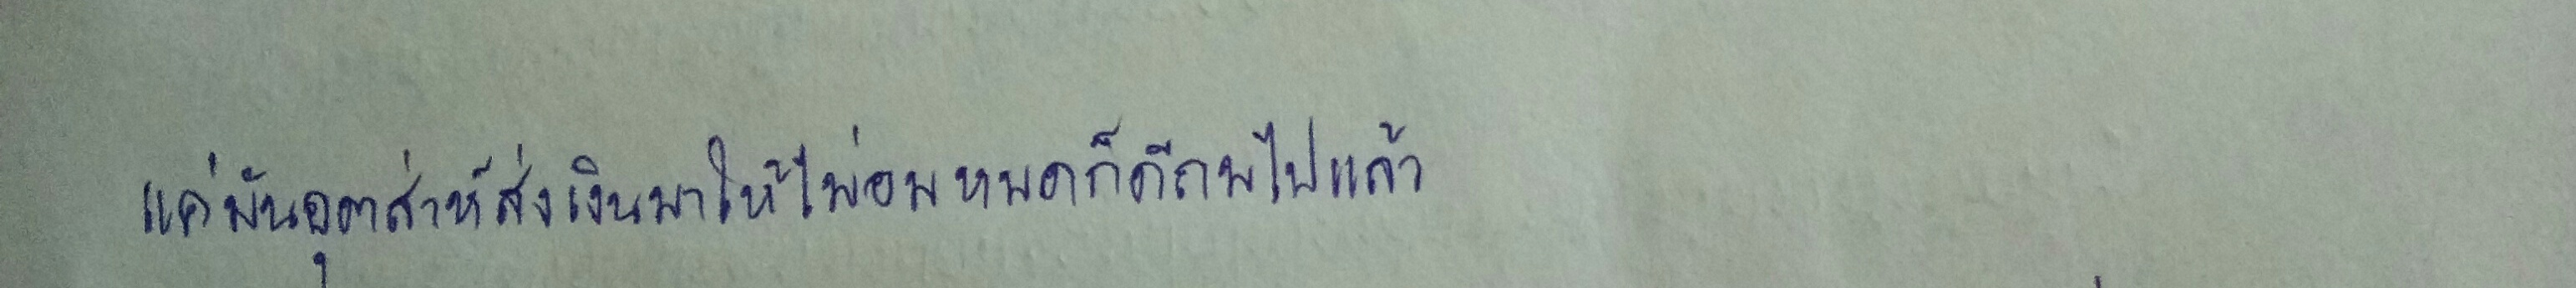
แค่มันอุตส่าห์ส่งเงินมาให้ไม่อมหมดก็ดีถมไปแล้ว